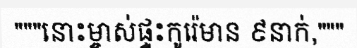
"""នោះម្ចាស់ផ្ទះកូរ៉េមាន ៩នាក់,"""